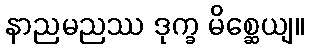
နာညမညဿ ဒုက္ခ မိစ္ဆေယျ။